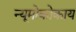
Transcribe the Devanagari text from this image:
न्यूमोकोकाय